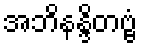
အဘိနန္ဒိတဗ္ဗံ